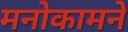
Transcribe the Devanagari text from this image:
मनोकामने